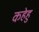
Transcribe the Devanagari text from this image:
कहेहु